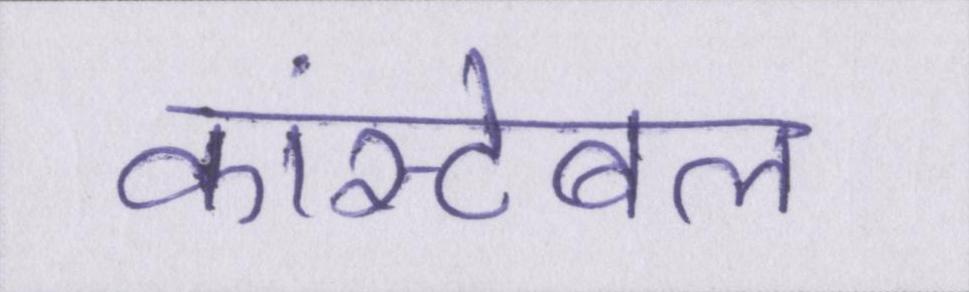
कांस्टेबल